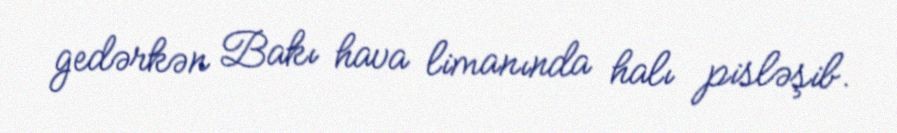
gedərkən Bakı hava limanında halı pisləşib.